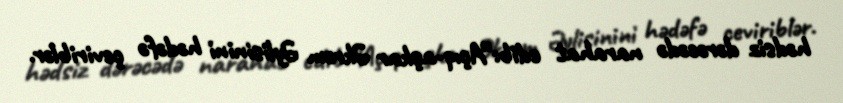
hədsiz dərəcədə narahat edib:”Açıq-aşkar Əkrəm Əylisinini hədəfə çeviriblər.